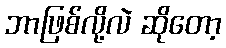
ဘာဖြစ်လို့လဲ ဆိုတော့